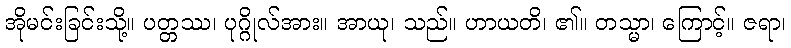
အိုမင်းခြင်းသို့။ ပတ္တဿ၊ ပုဂ္ဂိုလ်အား။ အာယု၊ သည်။ ဟာယတိ၊ ၏။ တသ္မာ၊ ကြောင့်။ ဇရာ၊